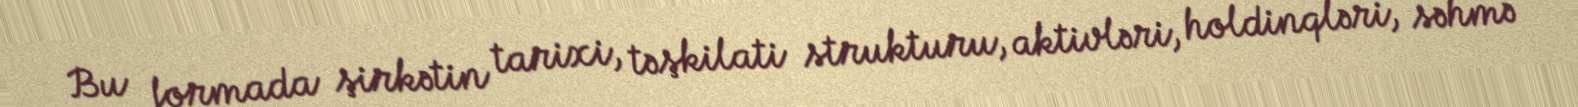
Bu formada şirkətin tarixi, təşkilati strukturu, aktivləri, holdinqləri, səhmə